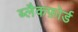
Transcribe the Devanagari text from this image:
ब्लैकफ़ोर्ड